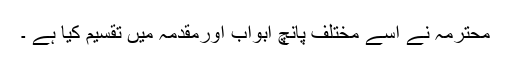
محترمہ نے اسے مختلف پانچ ابواب اورمقدمہ میں تقسیم کیا ہے ۔